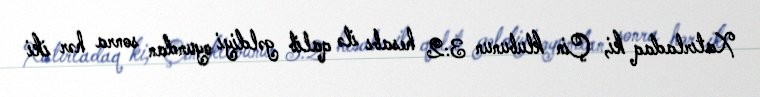
Xatırladaq ki, Çin klubunun 3:2 hesabı ilə qalib gəldiyi oyundan sonra hər iki